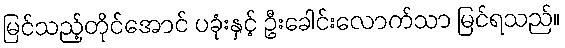
မြင်သည့်တိုင်အောင် ပခုံးနှင့် ဦးခေါင်းလောက်သာ မြင်ရသည်။